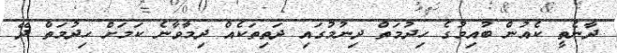
ދާނެތީ ކެއުން ބުއިމުގެ ހިދުމަތް ދިނުމުގައި ދަތިތަކެއް ދިމާވާނެ ކަމަށް ހިދުމަތް ދޭ